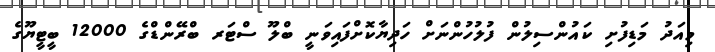
މިއަދު މަޑިފުށި ކައުންސިލުން ފުލުހުންނަށް ހަދިޔާކޮށްފައިވަނީ ބްލޫ ސްޓަރ ބްރޭންޑްގެ 12000 ބީޓީޔޫގެ